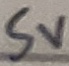
Text: 5V